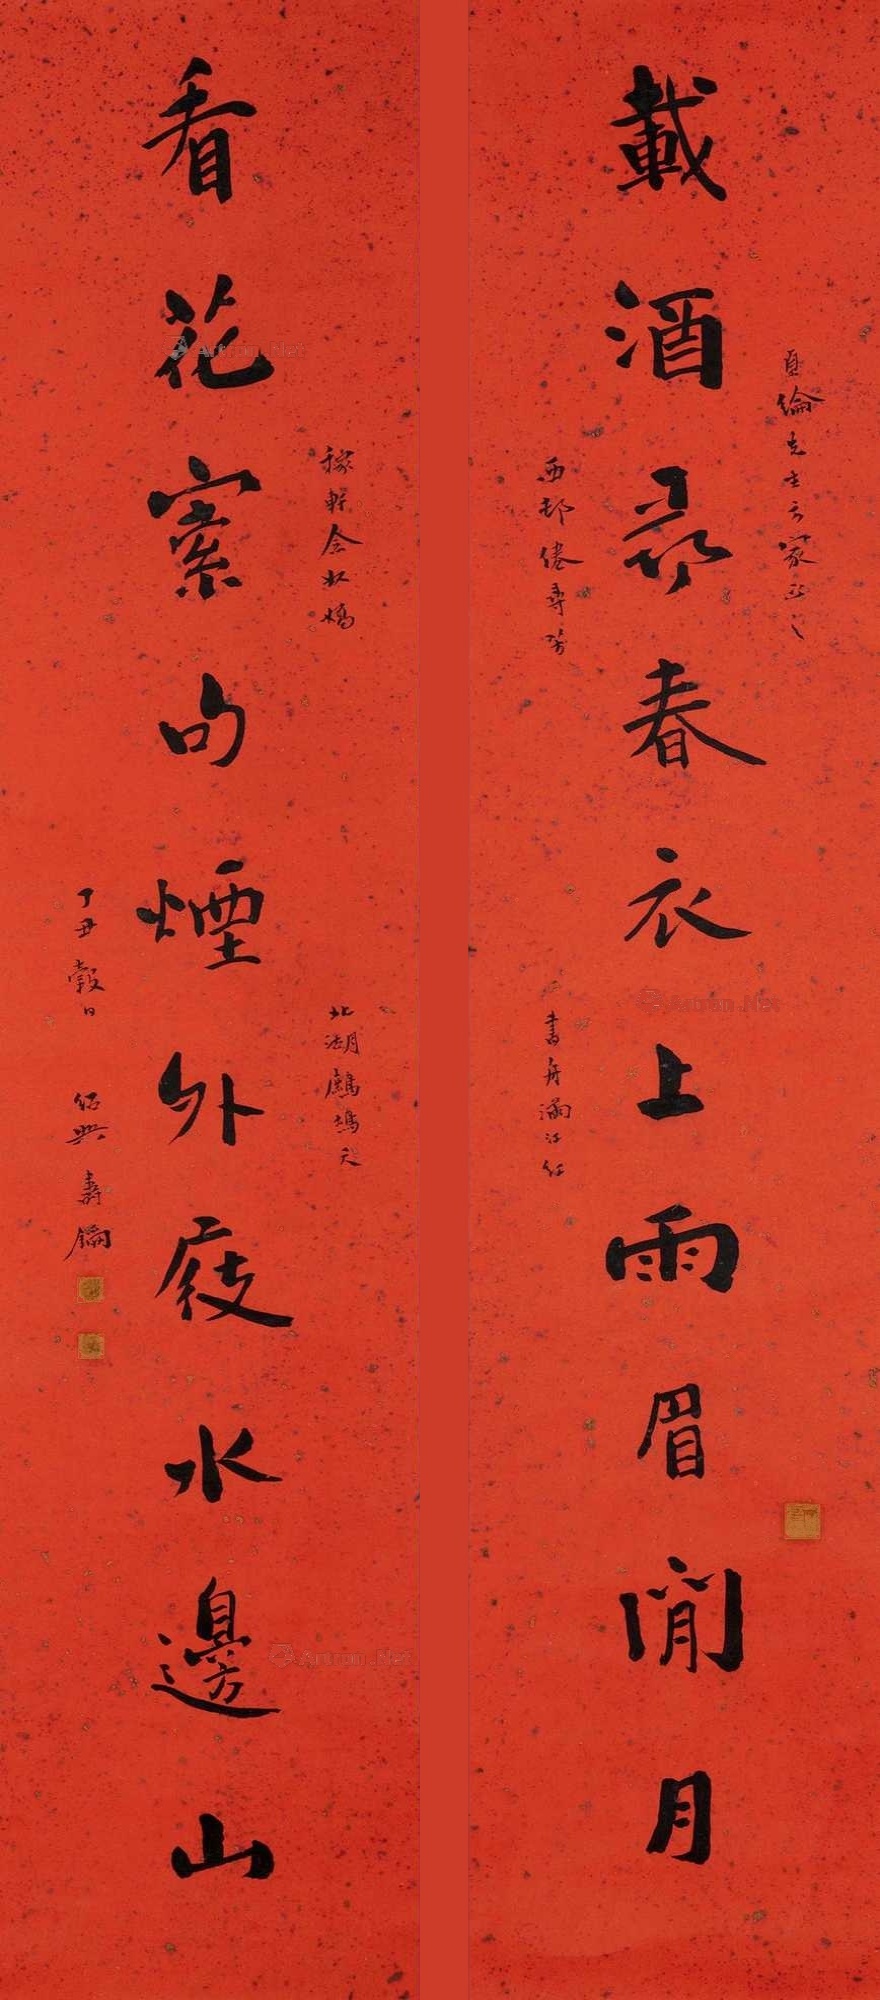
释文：载酒寻春衣上雨眉闲月，看花索句烟外屐水边山。贞纶先生方家正之，西村倦寻芳，书舟满江红，稼轩念奴娇，北湖鹧鸪天，丁丑榖日，绍兴寿玺。